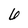
Character: 6